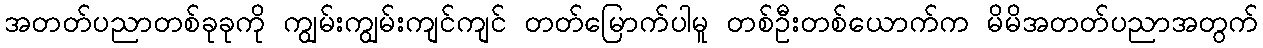
အတတ်ပညာတစ်ခုခုကို ကျွမ်းကျွမ်းကျင်ကျင် တတ်မြောက်ပါမူ တစ်ဦးတစ်ယောက်က မိမိအတတ်ပညာအတွက်